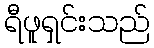
ရီဖူရှင်းသည်